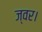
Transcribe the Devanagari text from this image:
ज्वर।